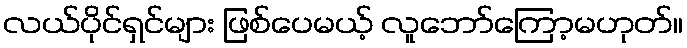
လယ်ပိုင်ရှင်များ ဖြစ်ပေမယ့် လူဘော်ကြော့မဟုတ်။